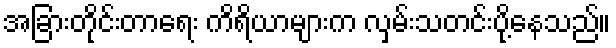
အခြားတိုင်းတာရေး ကိရိယာများက လှမ်းသတင်းပို့နေသည်။